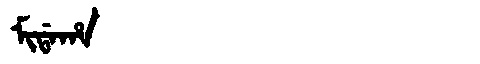
Manchu: ᠮᡳᡩᠠᡥᠠ
Romanization: MIDAHA